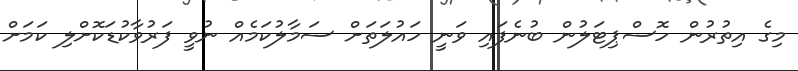
މިގެ އިތުރުން ހޮސްޕިޓަލުން ބުނެފައި ވަނީ ހައުލަތަށް ސަމާލުކަމެއް ނުވީ ފަރުވާކުޑަކޮށްލި ކަމަށް